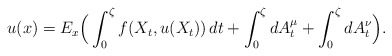
\begin{align*}u(x)=E_{x}\Big(\int_{0}^{\zeta}f(X_{t}, u(X_{t}))\,dt+\int_{0}^{\zeta}dA_{t}^{\mu}+\int_{0}^{\zeta}dA_{t}^{\nu}\Big).\end{align*}